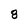
Character: 8